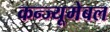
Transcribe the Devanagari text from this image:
कन्ज्यूमेबल